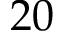
2 0